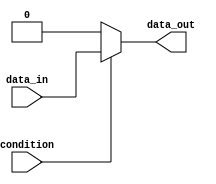
module if_else_example (
    input wire condition,
    input wire data_in,
    output reg data_out
);

always @(*) begin
    if (condition) begin
        data_out <= data_in; // Set data_out to data_in if condition is true
    end else begin
        data_out <= 0; // Set data_out to 0 if condition is false
    end
end

endmodule